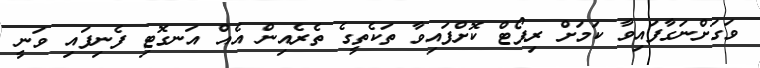
ވަގަށްނަގާފައިވާ ކަމަށް ރިޕޯޓް ކޮށްފައިވާ ތަކެތީގެ ތެރެއިން އެއް އަނގޮޓި ފެނިފައި ވަނީ